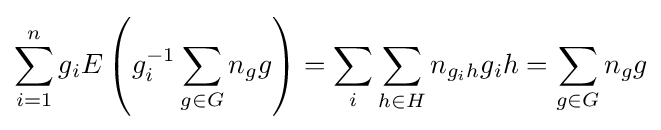
\sum _{i=1}^{n}g_{i}E\left(g_{i}^{-1}\sum _{g\in G}n_{g}g\right)=\sum _{i}\sum _{h\in H}n_{g_{i}h}g_{i}h=\sum _{g\in G}n_{g}g